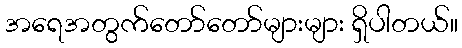
အရေအတွက်တော်တော်များများ ရှိပါတယ်။